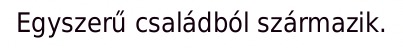
Egyszerű családból származik.